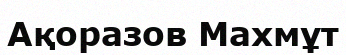
Ақоразов Махмұт